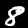
Digit: 8